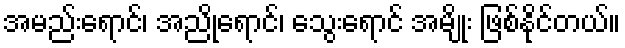
အမည်းရောင်၊ အညိုရောင်၊ သွေးရောင် အမျိုး ဖြစ်နိုင်တယ်။